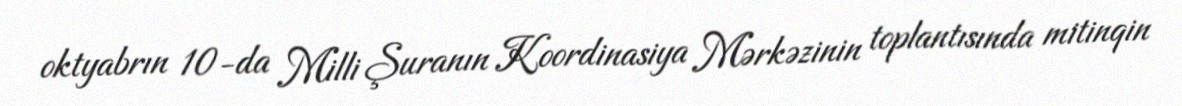
oktyabrın 10-da Milli Şuranın Koordinasiya Mərkəzinin toplantısında mitinqin